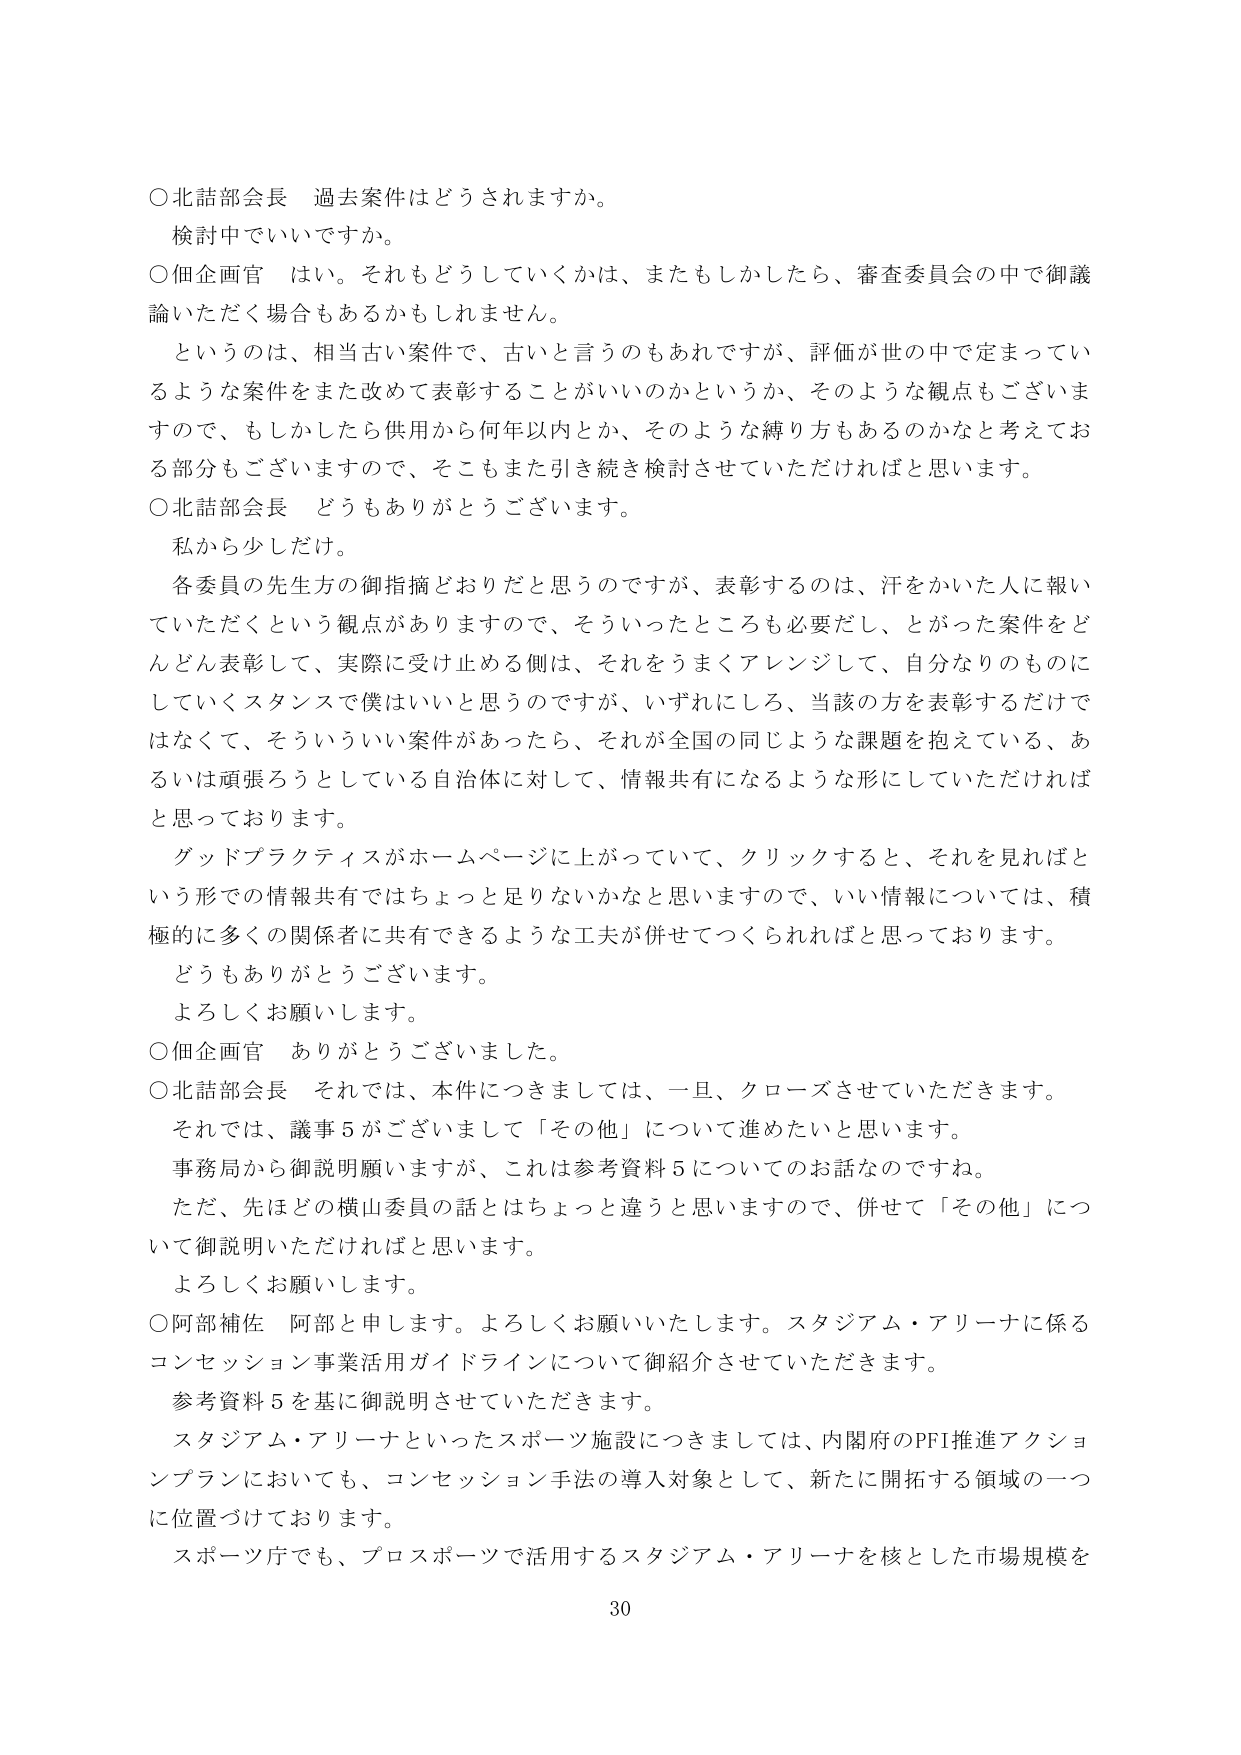
○北詰部会長 過去案件はどうされますか。
検討中でいいですか。

○佃企画官 はい。それもどうしていくかは、またもしかしたら、審査委員会の中で御議論いただく場合もあるかもしれません。

というのは、相当古い案件で、古いと言うのもあれですが、評価が世の中で定まっているような案件をまた改めて表彰することがいいのかというか、そのような観点もございますので、もしかしたら供用から何年以内とか、そのような縛り方もあるのかなと考えておる部分もございますので、そこもまた引き続き検討させていただければと思います。

○北詰部会長 どうもありがとうございます。
私から少しだけ。

各委員の先生方の御指摘どおりだと思うのですが、表彰するのは、汗をかいた人に報いていただくという観点がありますので、そういったところも必要だし、とがった案件をどんどん表彰して、実際に受け止める側は、それをうまくアレンジして、自分なりのものにしていくスタンスで僕はいいと思うのですが、いずれにしろ、当該の方を表彰するだけではなくて、そういういい案件があったら、それが全国の同じような課題を抱えている、あるいは頑張ろうとしている自治体に対して、情報共有になるような形にしていただければと思っております。

グッドプラクティスがホームページに上がっていて、クリックすると、それを見ればという形での情報共有ではちょっと足りないかなと思いますので、いい情報については、積極的に多くの関係者に共有できるような工夫が併せてつくられればと思っております。

どうもありがとうございます。
よろしくお願いします。

○佃企画官 ありがとうございました。

○北詰部会長 それでは、本件につきましては、一旦、クローズさせていただきます。
それでは、議事５がございまして「その他」について進めたいと思います。
事務局から御説明願いますが、これは参考資料５についてのお話なのですね。
ただ、先ほどの横山委員の話とはちょっと違うと思いますので、併せて「その他」について御説明いただければと思います。
よろしくお願いします。

○阿部補佐 阿部と申します。よろしくお願いいたします。スタジアム・アリーナに係るコンセッション事業活用ガイドラインについて御紹介させていただきます。
参考資料５を基に御説明させていただきます。
スタジアム・アリーナといったスポーツ施設につきましては、内閣府のPFI推進アクションプランにおいても、コンセッション手法の導入対象として、新たに開拓する領域の一つに位置づけております。
スポーツ庁でも、プロスポーツで活用するスタジアム・アリーナを核とした市場規模を

30